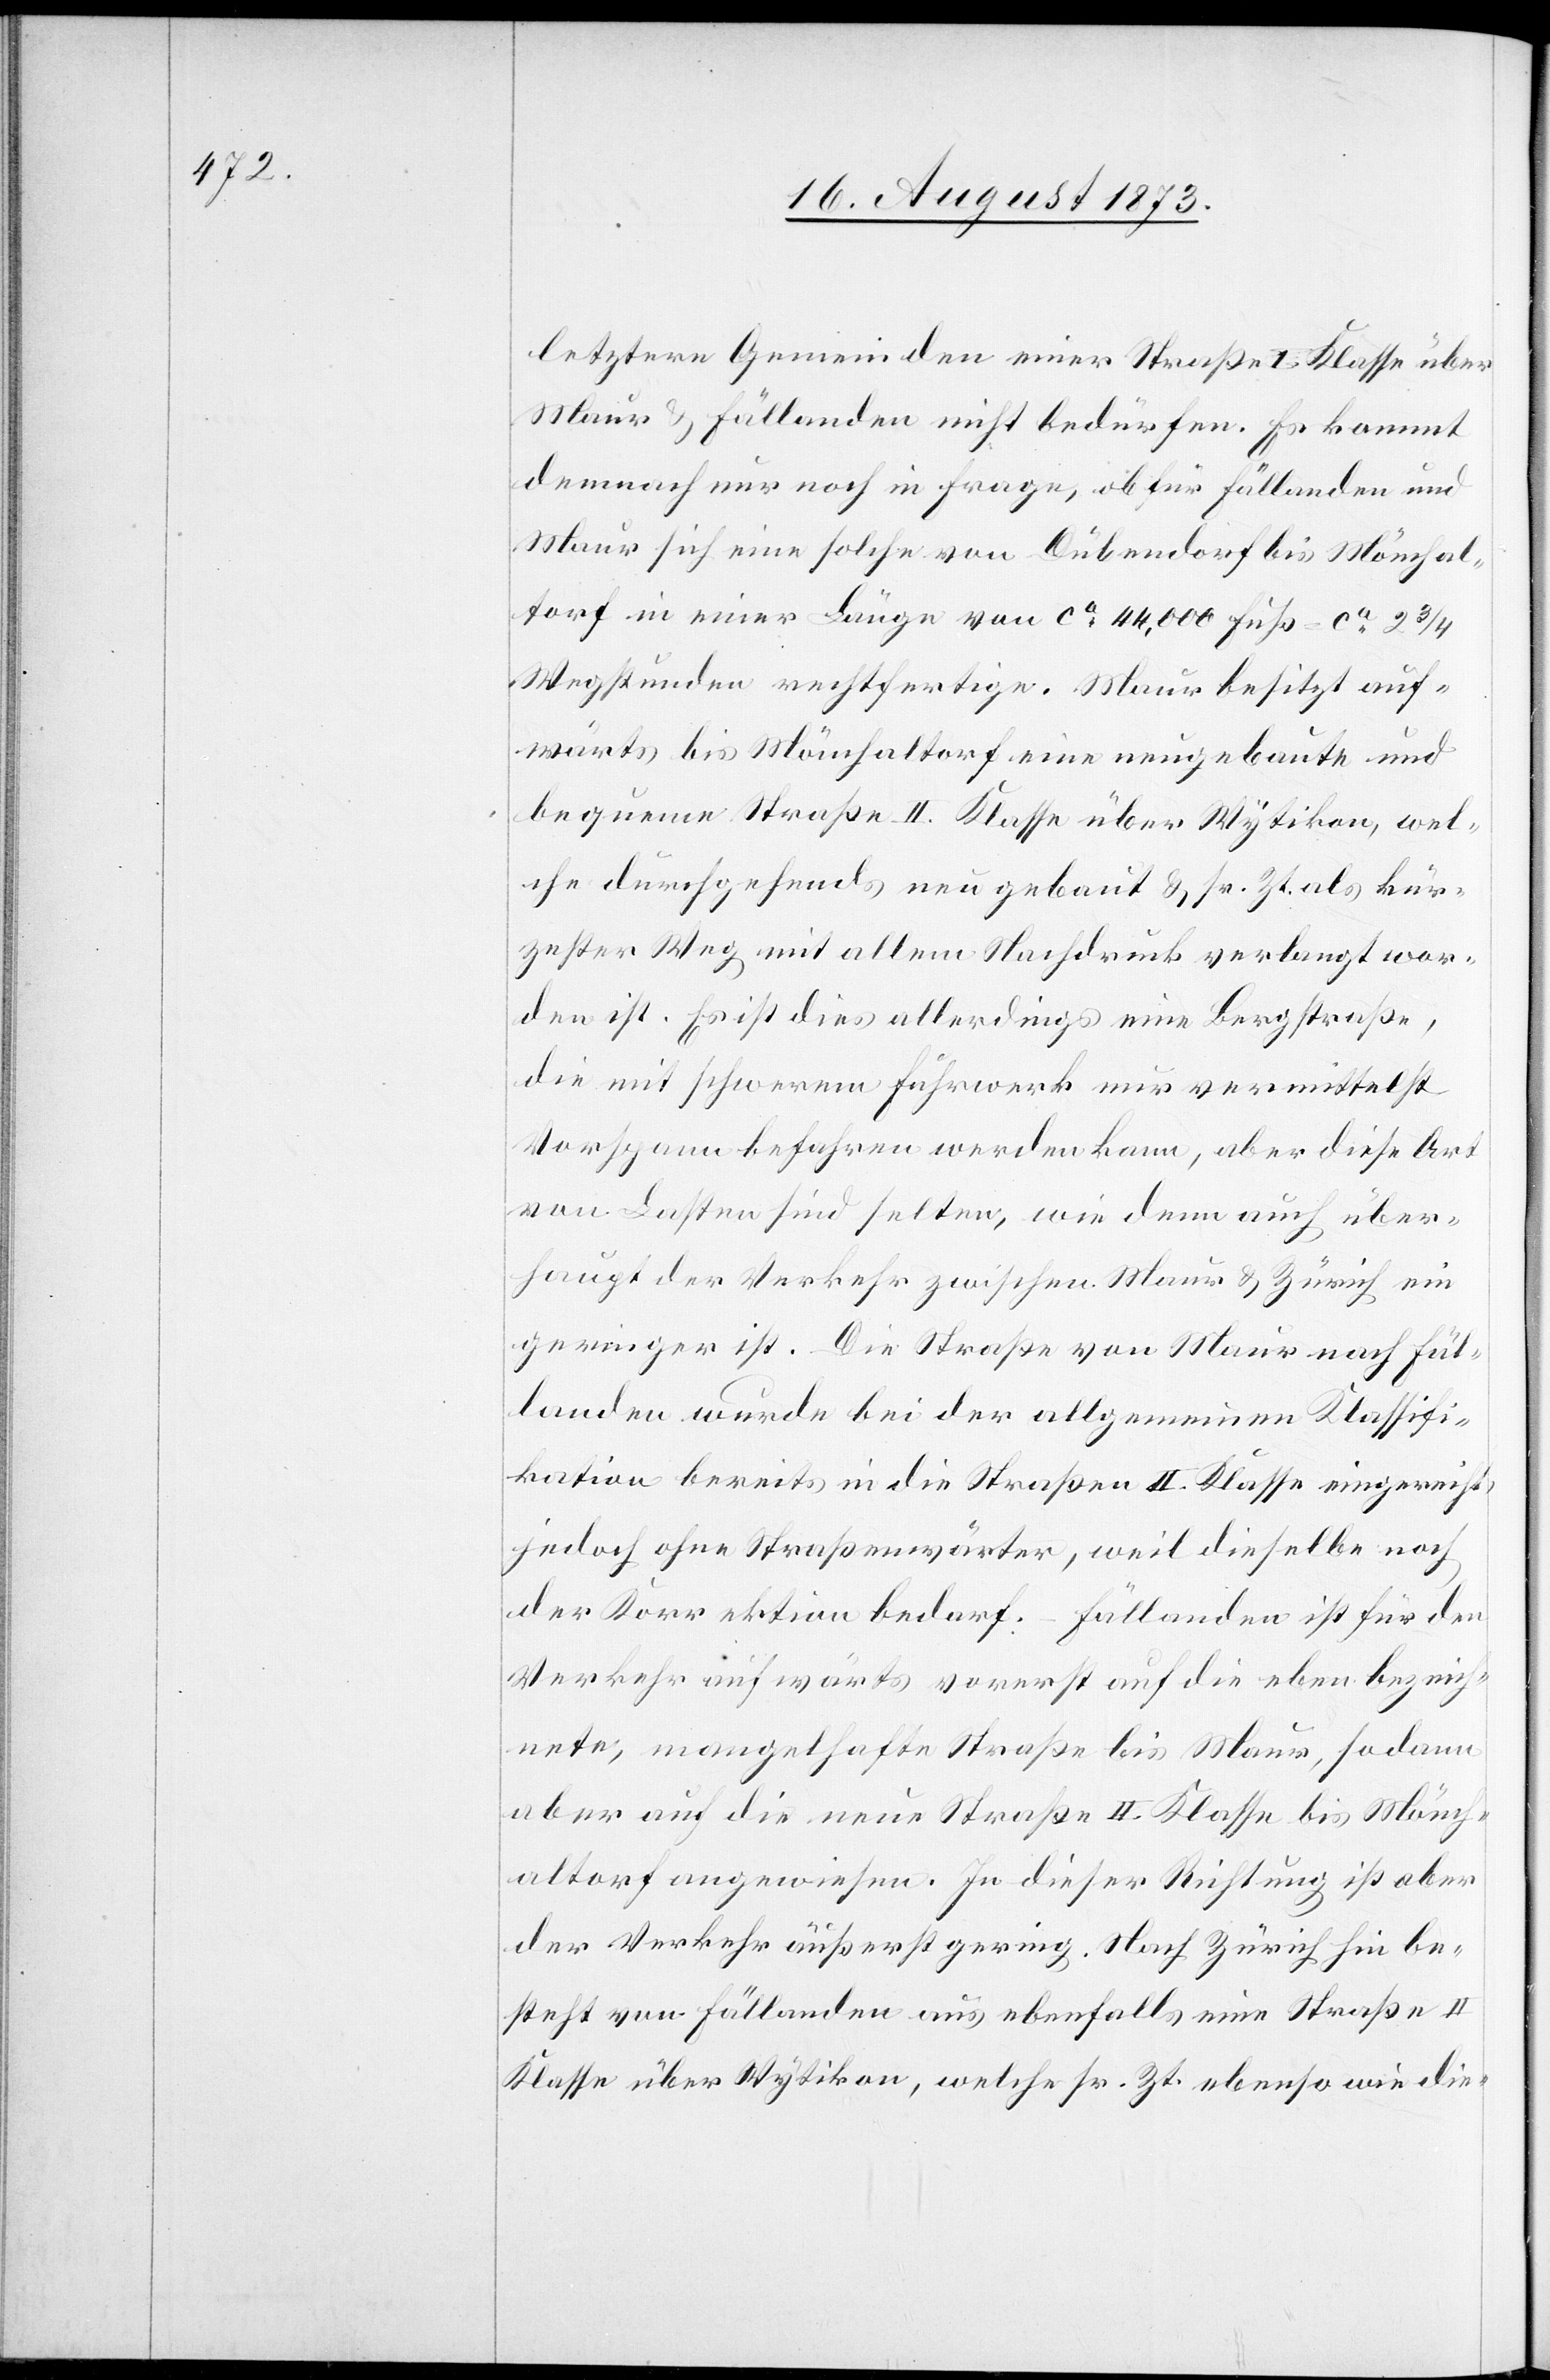
letztern Gemeinden einer Straße I. Klasse über
Maur & Fällanden nicht bedürfen. Es kommt
demnach nur noch in Frage, ob für Fällanden und
Maur sich eine solche von Dübendorf bis Mönchal¬
torf in einer Länge von ca 44,000 Fuß = ca 2 3/4
Wegstunden rechtfertige. Maur besitzt auf¬
wärts bis Mönchaltorf eine neugebaute und
bequeme Straße II. Klasse über Wytikon, wel¬
che durchgehends neu gebaut & sr. Zt. als kür¬
zester Weg mit allem Nachdruck verlangt wor¬
den ist. Es ist dies allerdings eine Bergstraße,
die mit schwerem Fuhrwerk nur vermittelst
Vorspann befahren werden kann, aber diese Art
von Lasten sind selten, wie denn auch über¬
haupt der Verkehr zwischen Maur & Zürich ein
geringer ist. Die Straße von Maur nach Fäl¬
landen wurde bei der allgemeinen Klassifi¬
kation bereits in die Straßen II. Klasse eingereicht,
jedoch ohne Straßenwärter, weil dieselbe noch
der Korrektion bedarf. Fällanden ist für den
Verkehr aufwärts vorerst auf die eben bezeich¬
nete, mangelhafte Straße bis Maur, sodann
aber auf die neue Straße II. Klasse bis Mönch¬
altorf angewiesen. In dieser Richtung ist aber
der Verkehr äußerst gering. Nach Zürich hin be¬
steht von Fällanden aus ebenfalls eine Straße II
Klasse über Wytikon, welche sr. Zt. ebenso wie die-